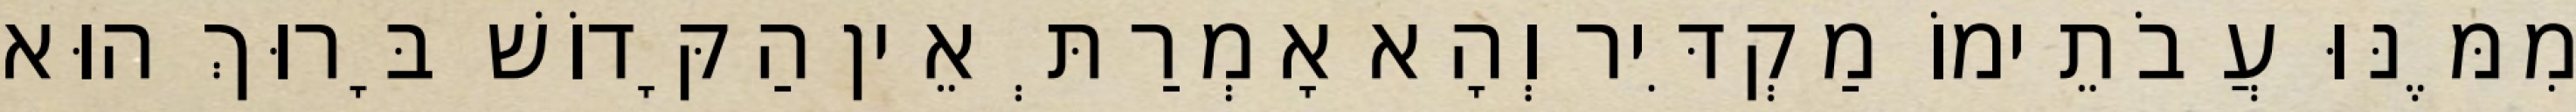
מִמֶּנּוּ עֲבֹתֵימוֹ מַקְדִּיר וְהָא אָמְרַתְּ אֵין הַקָּדוֹשׁ בָּרוּךְ הוּא